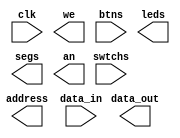
`timescale 1ns / 1ps
//////////////////////////////////////////////////////////////////////////////////
// Company: 
// Engineer: 
// 
// Design Name: 
// Module Name: controller
// Project Name: 
// Target Devices: 
// Tool Versions: 
// Description: 
// 
// Dependencies: 
// 
// Revision:
// Revision 0.01 - File Created
// Additional Comments:
// 
//////////////////////////////////////////////////////////////////////////////////


module controller(clk, we, address, data_in, data_out, btns, swtchs, leds, segs, an);
    input clk;
    output we;
    output[6:0] address;
    input[7:0] data_in;
    output[7:0] data_out;
    input[3:0] btns;
    input[7:0] swtchs;
    output[7:0] leds;
    output[6:0] segs;
    output[3:0] an;
    
endmodule